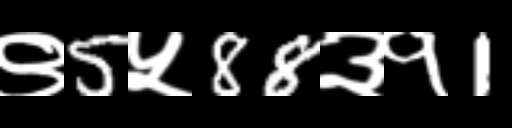
Text: ९5५88३१1